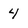
Character: 4